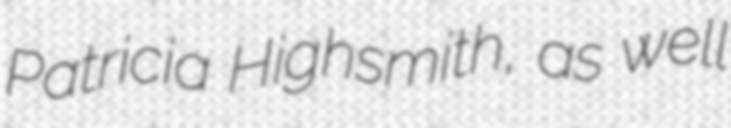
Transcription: Patricia Highsmith, as well